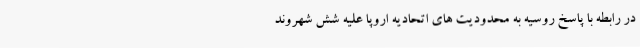
در رابطه با پاسخ روسیه به محدودیت های اتحادیه اروپا علیه شش شهروند